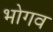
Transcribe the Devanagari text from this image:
भोगव